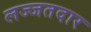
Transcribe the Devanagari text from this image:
लज्जतदार